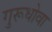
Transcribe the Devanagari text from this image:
गुरूधोवा